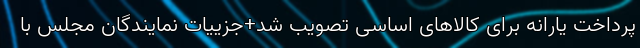
پرداخت یارانه برای کالاهای اساسی تصویب شد+جزییات نمایندگان مجلس با